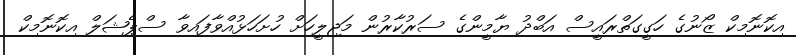
އިކޮނޮމިކް ޒޯނުގެ ހަގީގަތްރައީސް އަބްދު ޔާމީންގެ ސަރުކާރުން މަޖިލީހަށް ހުށަހަޅުއްވާފައިވާ ސްޕެޝަލް އިކޮނޮމިކް